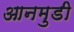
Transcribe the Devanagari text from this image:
आनमुडी